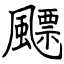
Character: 飃